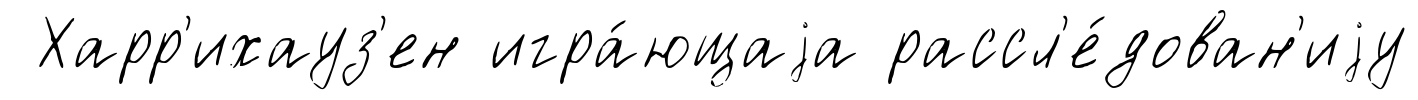
Харр'ихауз'ен игра́ющаjа рассл'е́дован'иjу